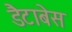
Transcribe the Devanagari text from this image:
डैटाबेस